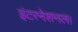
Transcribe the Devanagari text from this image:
इंटरनेशनल।